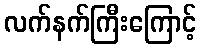
လက်နက်ကြီးကြောင့်